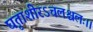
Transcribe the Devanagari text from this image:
घृताशीरऽचलश्चलः।।